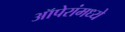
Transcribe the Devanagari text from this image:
ऑपेरांमध्ये